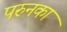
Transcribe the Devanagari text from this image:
परुनका